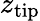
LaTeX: z_{\mathrm{tip}}